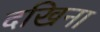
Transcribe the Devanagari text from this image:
दखिना